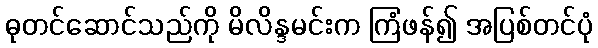
ဓုတင်ဆောင်သည်ကို မိလိန္ဒမင်းက ကြံဖန်၍ အပြစ်တင်ပုံ